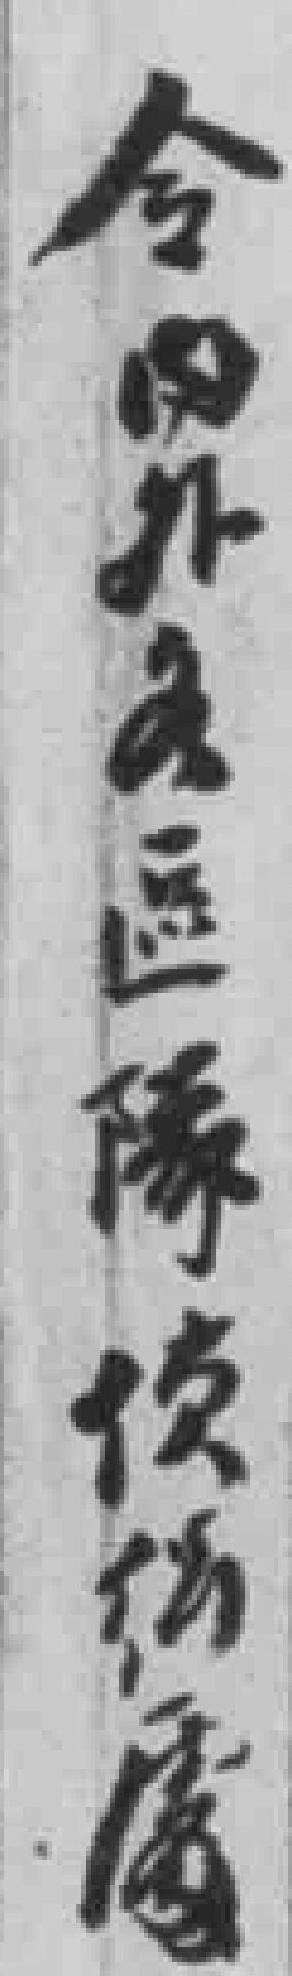
令*外各區隊侦*